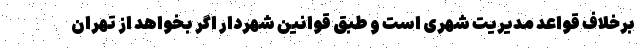
برخلاف قواعد مدیریت شهری است و طبق قوانین شهردار اگر بخواهد از تهران